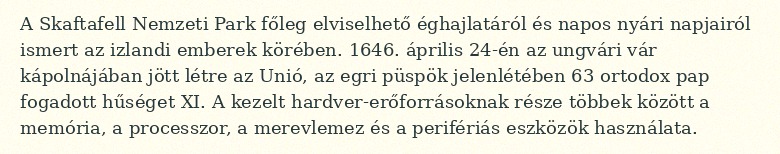
A Skaftafell Nemzeti Park főleg elviselhető éghajlatáról és napos nyári napjairól ismert az izlandi emberek körében. 1646. április 24-én az ungvári vár kápolnájában jött létre az Unió, az egri püspök jelenlétében 63 ortodox pap fogadott hűséget XI. A kezelt hardver-erőforrásoknak része többek között a memória, a processzor, a merevlemez és a perifériás eszközök használata.